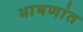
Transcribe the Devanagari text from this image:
भाषणांत